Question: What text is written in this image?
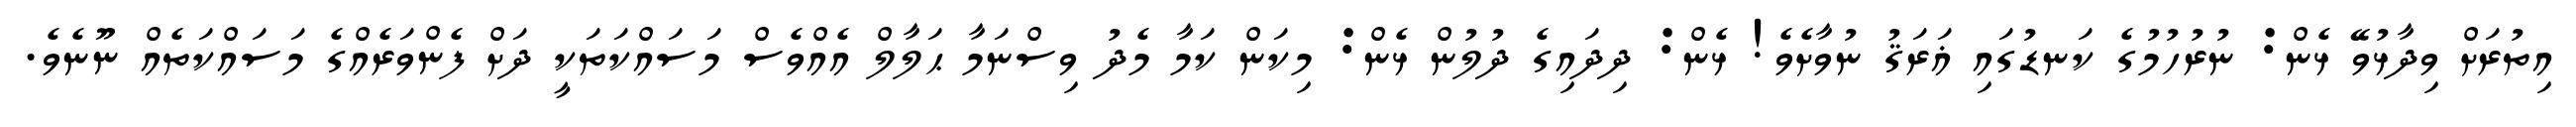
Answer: އިތުރަށް ވިދާޅުވޭ ޅެން: ނުރުހުމުގެ ކަނޑުގައި ޣަރަޤު ނުވާށެވެ! ޅެން: ދިދައިގެ ދުލުން ޅެން: މިކަން ކަމާ މެދު ވިސްނަމާ ޙަލާލް އެއްވެސް މަސައްކަތަކީ ދަށް ފެންވަރެއްގެ މަސައްކަތެއް ނޫނެވެ.